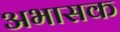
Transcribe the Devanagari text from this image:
अभासक